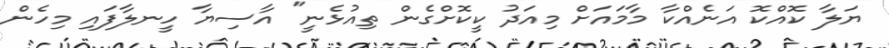
ޔަލާ ކޮއްކޮ އަނެއްކާ މާމައަށް މިއަދު ކީކޮށްގެން ތިއުޅެނީ" އާސިޔާ ހީނލާފައި މިހެން